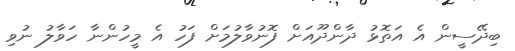
ބިދޭސީން އެ އަތޮޅު ދާންދޫއަށް ފޮނުވާލުމަށް ފަހު އެ މީހުންނާ ހަވާލު ނުވި